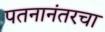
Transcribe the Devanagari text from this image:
पतनानंतरचा